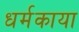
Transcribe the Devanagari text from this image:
धर्मकाया